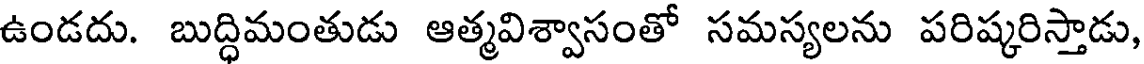
ఉండదు. బుద్ధిమంతుడు ఆత్మవిశ్వాసంతో సమస్యలను పరిష్కరిస్తాడు,